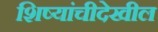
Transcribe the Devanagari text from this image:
शिष्यांचीदेखील